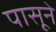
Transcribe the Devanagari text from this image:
पासूने